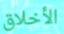
الأخلاق